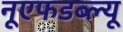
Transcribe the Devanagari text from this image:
नूएफडब्ल्यू